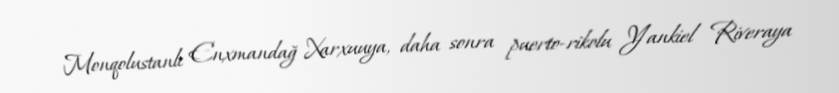
Monqolustanlı Enxmandağ Xarxuuya, daha sonra puerto-rikolu Yankiel Riveraya